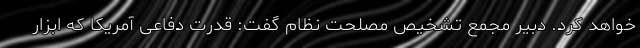
خواهد کرد. دبیر مجمع تشخیص مصلحت نظام گفت: قدرت دفاعی آمریکا که ابزار